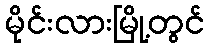
မိုင်းလားမြို့တွင်